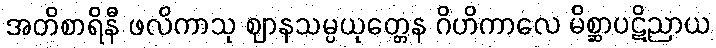
အတိစာရိနီ ဖလိကာသု ဈာနသမ္ပယုတ္တေန ဂိဟိကာလေ မိစ္ဆာပဋိညာယ